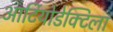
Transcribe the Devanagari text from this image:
आर्टियोडेक्टिला